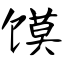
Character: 馍